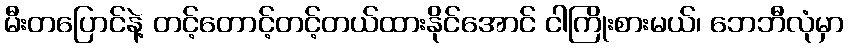
မီးတပြောင်နဲ့ တင့်တောင့်တင့်တယ်ထားနိုင်အောင် ငါကြိုးစားမယ်၊ ဘေဘီလုံမှာ